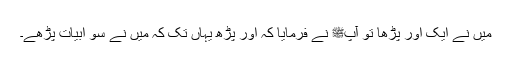
میں نے ایک اور پڑھا تو آپﷺ نے فرمایا کہ اور پڑھ یہاں تک کہ میں نے سو ابیات پڑھے۔